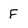
Character: F